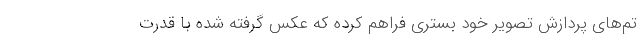
تم‌های پردازش تصویر خود بستری فراهم کرده که عکس گرفته شده با قدرت